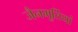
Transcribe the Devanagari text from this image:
जैनमूर्तियां